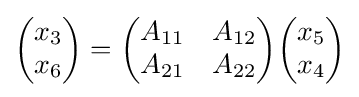
{\begin{pmatrix}x_{3}\\x_{6}\end{pmatrix}}={\begin{pmatrix}A_{11}&A_{12}\\A_{21}&A_{22}\end{pmatrix}}{\begin{pmatrix}x_{5}\\x_{4}\end{pmatrix}}